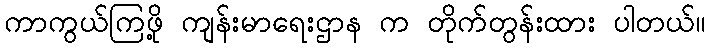
ကာကွယ်ကြဖို့ ကျန်းမာရေးဌာန က တိုက်တွန်းထား ပါတယ်။